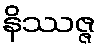
နိဿဇ္ဇ